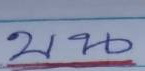
บน